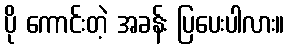
ပို ကောင်းတဲ့ အခန်း ပြပေးပါလား။